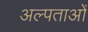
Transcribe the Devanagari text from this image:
अल्पताओं